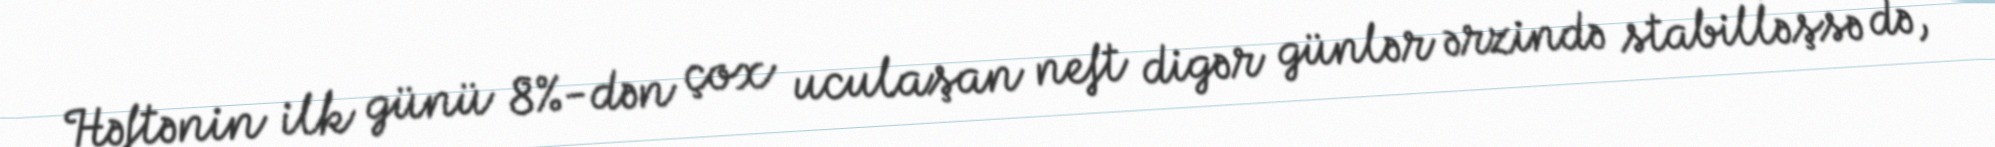
Həftənin ilk günü 8%-dən çox uculaşan neft digər günlər ərzində stabilləşsə də,